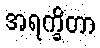
အရက္ခိတာ